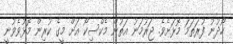
ހޯދުނު ފުރަތަމަ މޮޅަށެވެ. ޖަރުމަނު އަތުން މެކްސިކޯ އަށް މީގެ ކުރިން މޮޅުވެވުނީ